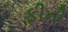
ફીની